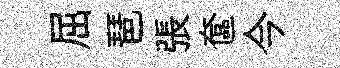
屈琶張奩今